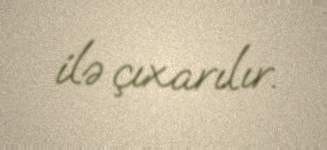
ilə çıxarılır.